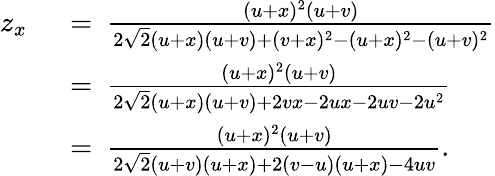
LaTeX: \begin{array}{rl}{z_{x}}&{~=~\frac{(u+x)^{2}(u+v)}{2\sqrt{2}(u+x)(u+v)+(v+x)^{2}-(u+x)^{2}-(u+v)^{2}}}\\ &{~=~\frac{(u+x)^{2}(u+v)}{2\sqrt{2}(u+x)(u+v)+2vx-2ux-2uv-2u^{2}}}\\ &{~=~\frac{(u+x)^{2}(u+v)}{2\sqrt{2}(u+v)(u+x)+2(v-u)(u+x)-4uv}.}\end{array}